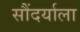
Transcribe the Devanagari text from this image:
सौंदर्याला